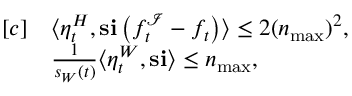
\begin{array} { r l } { [ c ] } & { \langle \eta _ { t } ^ { H } , \mathbf { s } \mathbf { i } \left( f _ { t } ^ { \mathcal { I } } - f _ { t } \right) \rangle \leq 2 ( n _ { \operatorname* { m a x } } ) ^ { 2 } , } \\ & { \frac { 1 } { s _ { W } ( t ) } \langle \eta _ { t } ^ { W } , \mathbf { s } \mathbf { i } \rangle \leq n _ { \operatorname* { m a x } } , } \end{array}